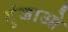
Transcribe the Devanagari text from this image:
गुंजाओ